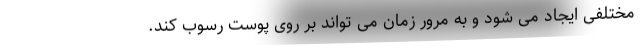
مختلفی ایجاد می شود و به مرور زمان می تواند بر روی پوست رسوب کند.